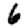
Digit: 6